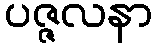
ပဇ္ဇလနာ